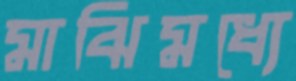
মাঝিমধ্যে